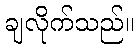
ချလိုက်သည်။